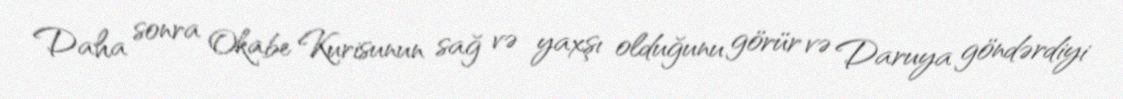
Daha sonra Okabe Kurisunun sağ və yaxşı olduğunu görür və Daruya göndərdiyi